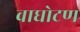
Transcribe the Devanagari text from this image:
वाघोटण